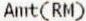
AMT(RM)